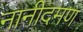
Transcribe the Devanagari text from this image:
नानीदमण